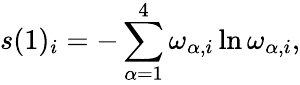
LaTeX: s(1)_{i}=-\sum_{\alpha=1}^{4}\omega_{\alpha,i}\ln\omega_{\alpha,i},